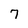
Character: 7